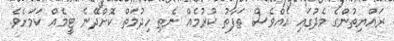
ރައްޔިތުންގެ މެދުގައި އެއްވެސް ތަފާތު ކުރުމެއް ނެތި ހިދުމަތް ކޮށްދޭނެ ޓީމެއް ކަމަށެވެ.